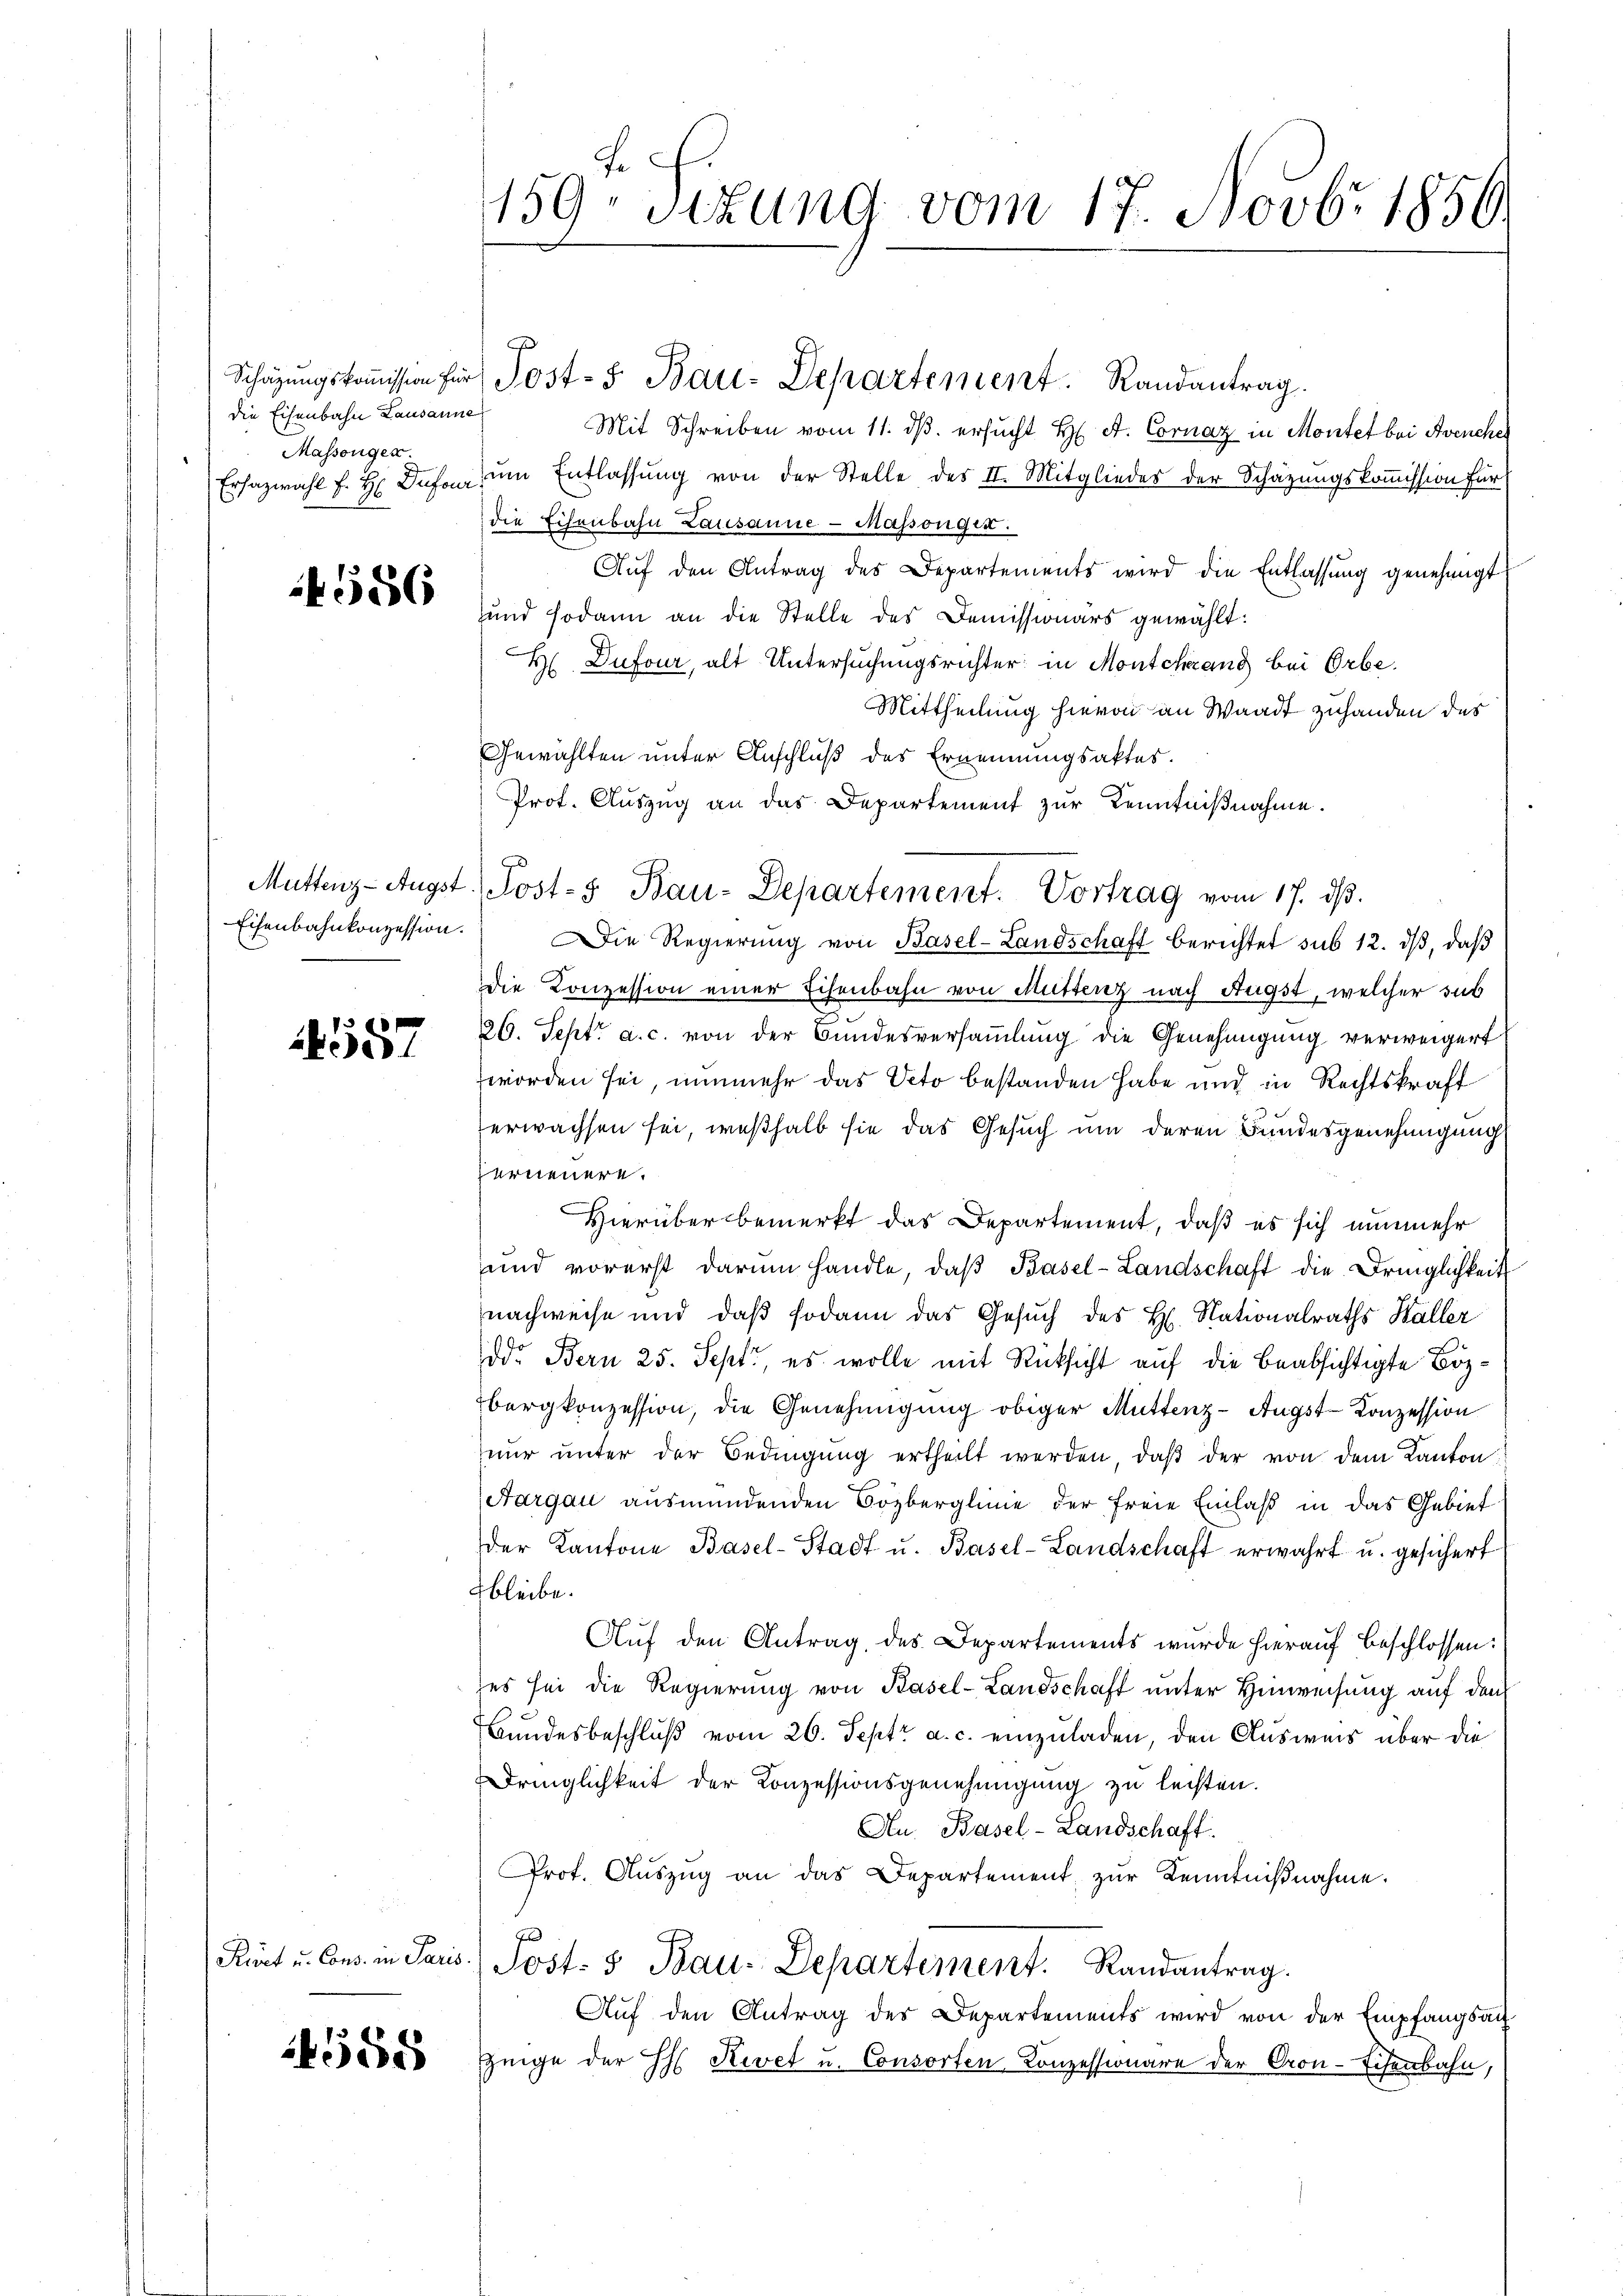
die Eisenbahn Lausanne
Massenger

486

Eisenbahnkonzession.

4557

24558

Mit Schreiben vom 11. dβ. ersucht H. A. Cornaz in Montet bei Avencher
Erhazwahl f. H. Dufour, um Entlassung von der Stelle des II. Mitglieder der Schätzungskommission für
die Eisenbahn Lausanne - Massongin.
Aŭf den Antrag des Departements wird die Entlassŭng genehmigt
und sodann an die Stelle des Demissionärs gewählt:
H Dufour, alt Untersuchungsrichter in Montcherung bei Orbe.
Mittheilung hievon an Waadt zuhanden des
Gewählten unter Anschluß des Ernennungsaktes.
Prot. Auszug an das Departement zur Kenntnißnahme.
Die Regierŭng von Basel-Landschaft berichtet sub 12. dβ, daß
die Konzession einer Eisenbahn von Muttenz nach Augst, welcher sub
26. Sept. a. c. von der Bundesversammlung die Genehmigung verweigert
worden sei, nunmehr das Veto bestanden habe und in Rechtskraft
erwachsen sei, weßhalb sie das Gesuch um deren Bundesgenehmigung
verneuere.
Hierüber bemerkt das Departement, daß es sich nunmehr
und vorerst darum handle, daβ Basel-Landschaft die Dringlichkeit
nachweise und daß sodann das Gesuch des H. Nationalraths Haller
ddr Bern 25. Sept, es wolle mit Rücksicht auf die beabsichtigte Bozbergkonzession, die Genehmigung obiger Muttenz-Augst-Konzession
nŭr ŭnter der Bedingŭng ertheilt werden, daβ der von dem Kanton
Aargau ausmündenden Bözberglinie der freie Einlaß in das Gebiet
der Kantone Basel-Stadt u. Basel-Landschaft erwahrt u. gesichert
bleibe.
Auf den Antrag, des Departements wurde hierauf beschlossen:
es sei die Regierung von Basel-Landschaft unter Hinweisung auf den
Bundesbeschluß vom 26. Sept. a. c. einzuladen, den Ausweis über die
Dringlichkeit der Konzessionsgenehmigung zu leisten.
Au. Basel-Landschaft.
Prot. Aŭszŭg an das Departement zŭr Kenntniβnahme.
Kürt u. Cons. in Paris Post- & Bau-Departement. Randantrag.
Aŭf den Antrag des Departements wird von der Empfangsan
Zeige der H. Kevet u. Consorten Konzessionare der Cron-Schenbahn,

F
159 sezung vom 17. Novbr 1856.

Schatzŭngskoṁission für Post- 5. Bau-Departement. Randantrag.

Muttenz-Augst. Post- 5. Bau-Departement. Vortrag vom 17. ds.